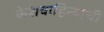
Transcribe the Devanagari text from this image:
केशवाहिन्याची